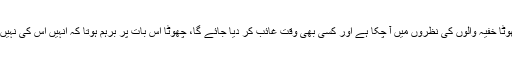
وہ ڈرے ہوئے تھے کہ چھوٹا خفیہ والوں کی نظروں میں آ چکا ہے اور کسی بھی وقت غائب کر دیا جائے گا، چھوٹا اس بات پر برہم ہوتا کہ انہیں اس کی نہیں اپنی سلامتی کی فکر تھی۔